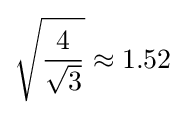
{\sqrt {\frac {4}{\sqrt {3}}}}\approx 1.52